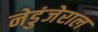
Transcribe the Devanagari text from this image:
नेडुंजेराल